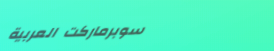
سوبرماركت العربية